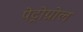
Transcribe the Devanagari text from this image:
पेट्रोग्रोल